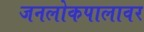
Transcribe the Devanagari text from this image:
जनलोकपालावर